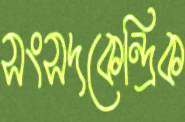
সংসদকেন্দ্রিক